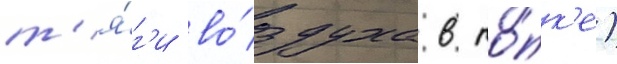
т'я́г'и во́здуха в то́пк'е)